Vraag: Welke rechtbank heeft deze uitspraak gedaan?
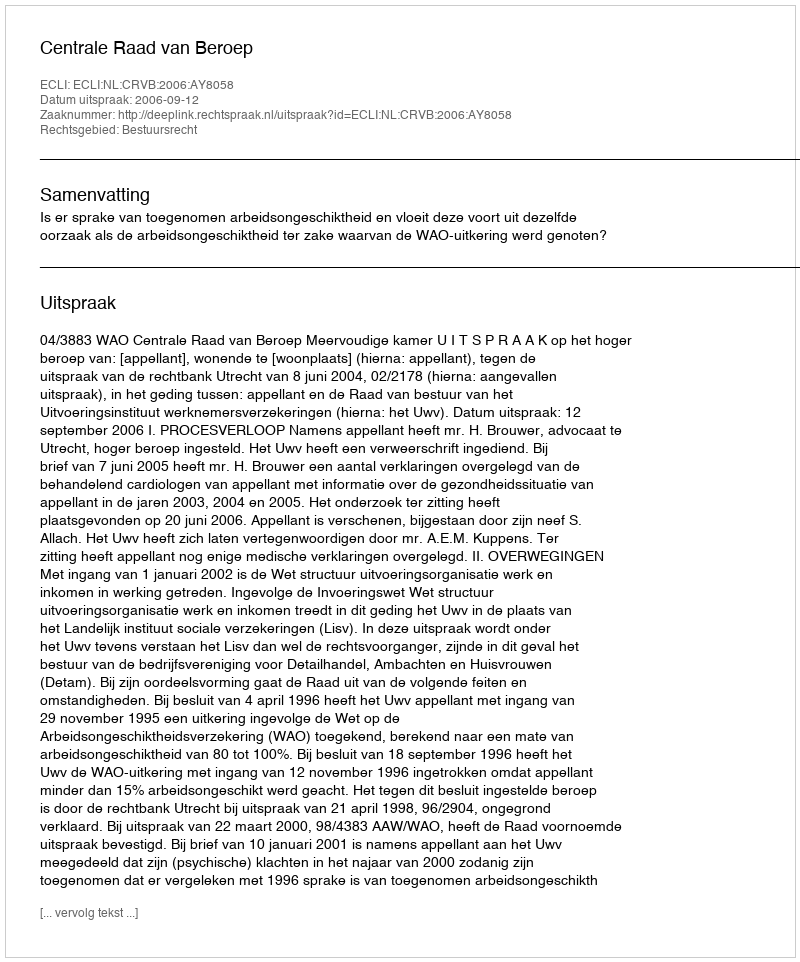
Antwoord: Centrale Raad van Beroep